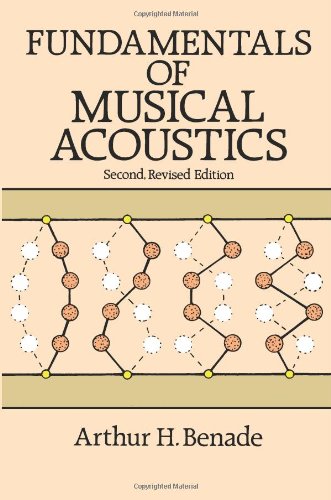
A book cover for Fundamentals of Musical Acoustics: Second, Revised Edition (Dover Books on Music); Arthur H. Benade; Science & Math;